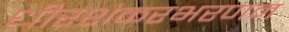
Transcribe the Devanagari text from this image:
धीरशंकरभरणम